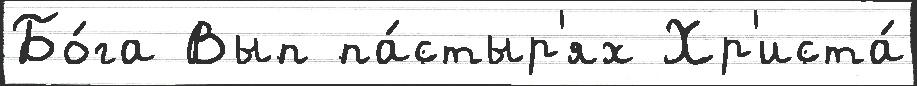
Бо́га Вып па́стыр'ях Хр'иста́